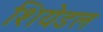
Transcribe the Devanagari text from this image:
शियेडल